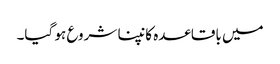
میں باقاعدہ کانپنا شروع ہو گیا۔